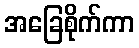
အခြေစိုက်ကာ